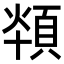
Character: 𩒪